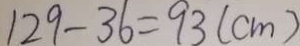
1 2 9 - 3 6 = 9 3 ( c m )